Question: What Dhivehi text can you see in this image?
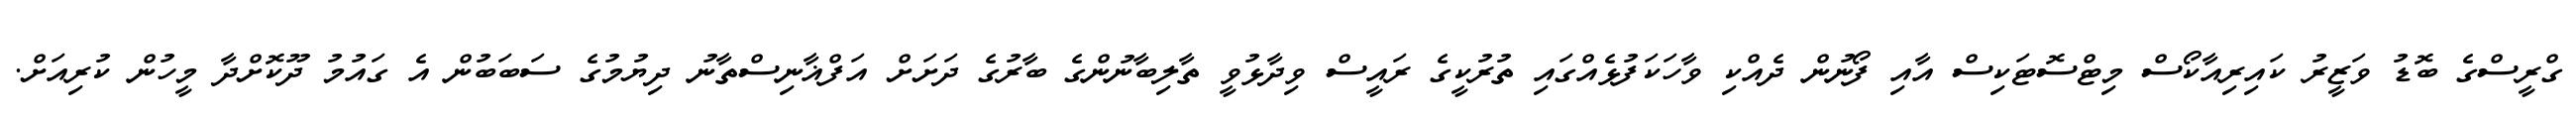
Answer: ގްރީސްގެ ބޮޑު ވަޒީރު ކައިރިއާކޯސް މިޓްސޮޓަކިސް އާއި ފޯނުން ދެއްކި ވާހަކަފުޅެއްގައި ތުރުކީގެ ރައީސް ވިދާޅުވީ ތާލިބާނުންގެ ބާރުގެ ދަށަށް އަފްޣާނިސްތާނު ދިޔުމުގެ ސަބަބުން އެ ގައުމު ދޫކޮށްދާ މީހުން ކުރިއަށް.